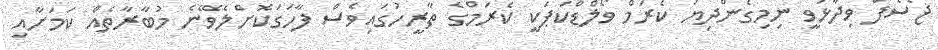
ޖޯސެފް ވިދާޅުވީ ނިމިގެންދިޔަ ކެރަމް ވޯލްޑްކަޕަކީ ކެރަމްގެ ތާރީހުގައިވެސް ފާހަގަކޮށްލެވޭނެ މުބާރާތެއް ކަމަށާއި